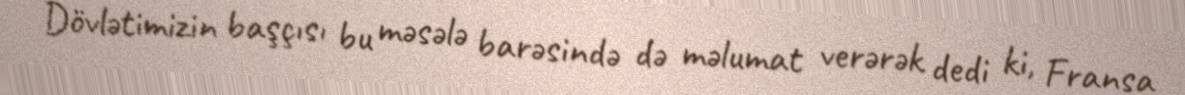
Dövlətimizin başçısı bu məsələ barəsində də məlumat verərək dedi ki, Fransa